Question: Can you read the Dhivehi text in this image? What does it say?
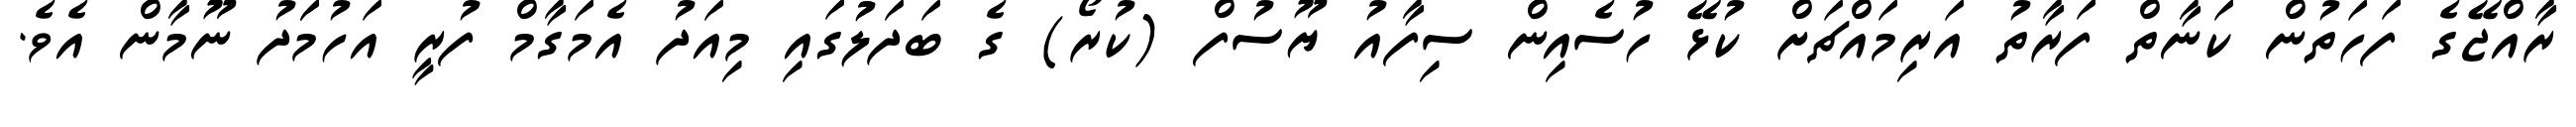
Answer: ރާއްޖޭގެ ފަހަތުން ކަނާތް ފަރާތު އަރިމައްޗަށް ކުޅޭ ހުސެއިން ސިފާއު ޔޫސުފް (ކުރޯ) ގެ ބަދަލުގައި މިއަދު އެމަގާމް ފުރީ އަހުމަަދު ނޫމާން އެވެ.